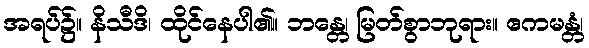
အရပ်၌။ နိသီဒိ၊ ထိုင်နေပါ၏။ ဘန္တေ၊ မြတ်စွာဘုရား။ ဧကမန္တံ၊